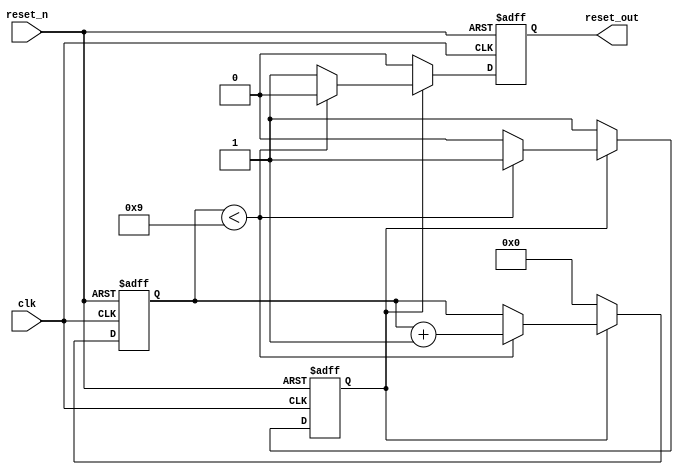
module power_on_reset (
    input wire clk,        // Clock signal
    input wire reset_n,    // Active-low reset signal
    output reg reset_out   // Output reset signal
);

parameter DELAY_CYCLES = 10; // Configurable number of clock cycles for reset duration

reg [3:0] counter; // Counter to keep track of delay duration
reg por_active;    // Indicates if power-on reset is active

always @(posedge clk or negedge reset_n) begin
    if (~reset_n) begin
        // If manual reset is asserted, drive reset_out low
        reset_out <= 1'b0; // Active-low reset
        por_active <= 1'b0; // Deactivate Power-On Reset
        counter <= 4'b0;    // Reset counter
    end else begin
        if (por_active) begin
            // If Power-On Reset is active, continue counting
            if (counter < DELAY_CYCLES - 1) begin
                counter <= counter + 1;
                reset_out <= 1'b0; // Keep reset_out low during the delay period
            end else begin
                reset_out <= 1'b1; // Release reset_out after delay
                por_active <= 1'b0; // End Power-On Reset
            end
        end else begin
            // On power-up, activate Power-On Reset
            reset_out <= 1'b0; // Start with reset_out low
            counter <= 4'b0;    // Reset the counter
            por_active <= 1'b1; // Indicate that Power-On Reset is active
        end
    end
end

// Initial block for modeling power-on behavior
initial begin
    reset_out = 1'b1; // Initially high after power-up
    counter = 4'b0;   // Initialize counter
    por_active = 1'b0; // Deactivate Power-On Reset
end

endmodule